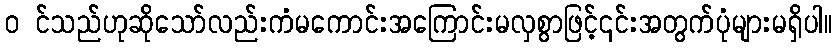
၀ င်သည်ဟုဆိုသော်လည်းကံမကောင်းအကြောင်းမလှစွာဖြင့်၎င်းအတွက်ပုံများမရှိပါ။